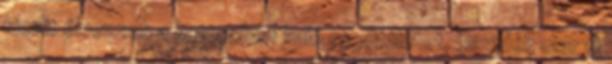
kicsit élvezzek a kettesben való együttlétet. Davidék mar 6